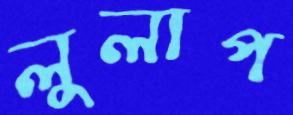
লুলাপ